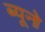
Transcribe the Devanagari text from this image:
ब्यूनो